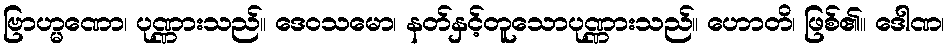
ဗြာဟ္မဏော၊ ပုဏ္ဏားသည်။ ဒေဝသမော၊ နတ်နှင့်တူသောပုဏ္ဏားသည်။ ဟောတိ၊ ဖြစ်၏။ ဒေါဏ၊